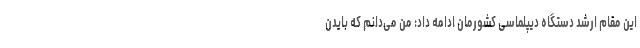
این مقام ارشد دستگاه دیپلماسی کشورمان ادامه داد: من می‌دانم که بایدن